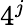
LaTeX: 4^{j}